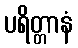
ပရိတ္တာနံ